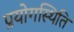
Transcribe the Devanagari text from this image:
प्रयोगस्थिति